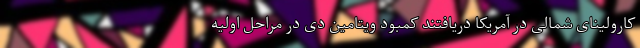
کارولینای شمالی در آمریکا دریافتند کمبود ویتامین دی در مراحل اولیه